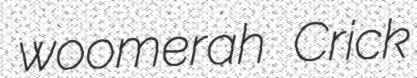
woomerah Crick